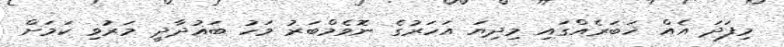
މިފަދަ އެއް ޚަބަރެއްގައި މިދިޔަ އަހަރުގެ ނޮވެމްބަރު މަހު ބަޣުދާދީ މަރުވި ކަމަށް